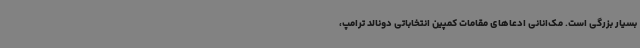
بسیار بزرگی است. مک‌انانی ادعاهای مقامات کمپین انتخاباتی دونالد ترامپ،